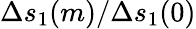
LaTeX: \Delta s_{1}(m)/\Delta s_{1}(0)